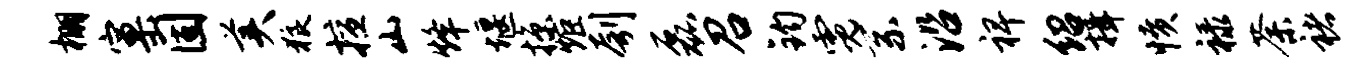
棚窠固美狼擅山烽堰掠炬刳磊召钧霓系沿裨绍揖愤禄荼褚